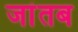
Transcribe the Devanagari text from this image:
जांतब